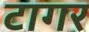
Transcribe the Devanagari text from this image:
टागर